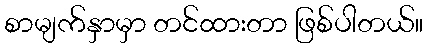
စာမျက်နှာမှာ တင်ထားတာ ဖြစ်ပါတယ်။